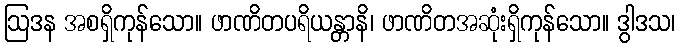
ဩဒန အစရှိကုန်သော။ ဖာဏိတပရိယန္တာနိ၊ ဖာဏိတအဆုံးရှိကုန်သော။ ဒွါဒသ၊